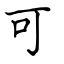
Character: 可